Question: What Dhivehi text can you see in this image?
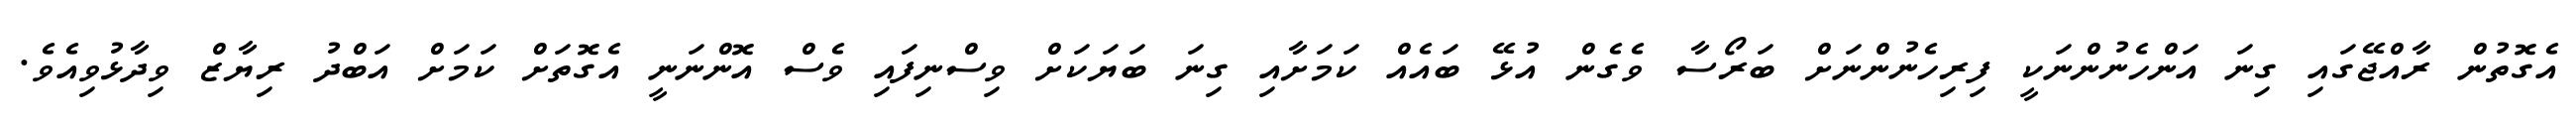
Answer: އެގޮތުން ރާއްޖޭގައި ގިނަ އަންހެނުންނަކީ ފިރިހެނުންނަށް ބަރޯސާ ވެގެން އުޅޭ ބައެއް ކަމަށާއި ގިނަ ބަޔަކަށް ވިސްނިފައި ވެސް އޮންނަނީ އެގޮތަށް ކަމަށް އަބްދު ރިޔާޒް ވިދާޅުވިއެވެ.